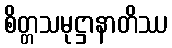
စိတ္တသမုဋ္ဌာနာတိဿ